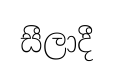
සීලාදී